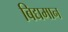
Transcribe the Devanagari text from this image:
बिद्यमान